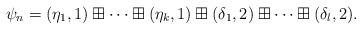
LaTeX: \begin{align*}\psi_n=(\eta_1,1)\boxplus\cdots\boxplus(\eta_k,1)\boxplus(\delta_1,2)\boxplus\cdots\boxplus(\delta_l,2).\end{align*}